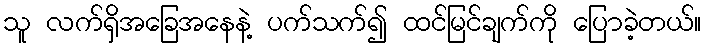
သူ လက်ရှိအခြေအနေနဲ့ ပက်သက်၍ ထင်မြင်ချက်ကို ပြောခဲ့တယ်။